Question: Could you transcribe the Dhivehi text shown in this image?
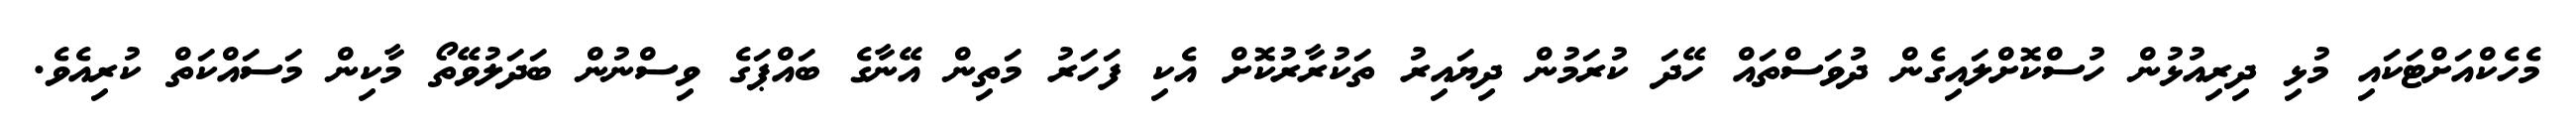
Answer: މެހެކްއަށްޓަކައި މުޅި ދިރިއުޅުން ހުސްކޮށްލައިގެން ދުވަސްތައް ހޭދަ ކުރަމުން ދިޔައިރު ތަކުރާރުކޮށް އެކި ފަހަރު މަތިން އޭނާގެ ބައްޕަގެ ވިސްނުން ބަދަލުވޭތޯ މާކިން މަސައްކަތް ކުރިއެވެ.